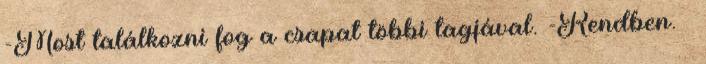
-Most találkozni fog a csapat többi tagjával. -Rendben. –